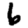
Digit: 6